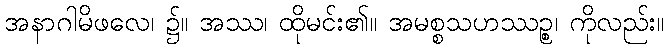
အနာဂါမိဖလေ၊ ၌။ အဿ၊ ထိုမင်း၏။ အမစ္စသဟဿဉ္စ၊ ကိုလည်း။